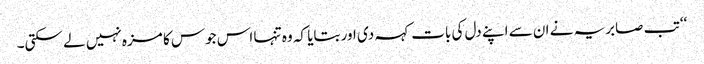
‘‘ تب صابریہ نے ان سے اپنے دل کی بات کہہ دی اور بتایا کہ وہ تنہا اس جوس کا مزہ نہیں لے سکتی۔